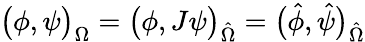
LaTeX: \big(\phi,\psi\big)_{\Omega}=\big(\phi,J\psi\big)_{\hat{\Omega}}=\big(\hat{\phi},\hat{\psi}\big)_{\hat{\Omega}}